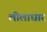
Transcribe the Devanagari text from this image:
लीलाधार